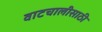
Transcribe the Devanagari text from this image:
वाटचालीसाठी